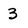
Character: 3